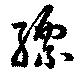
縹